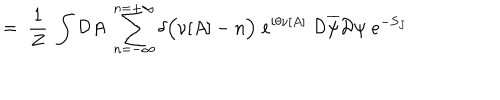
LaTeX: = \; \frac { 1 } { Z } \; \int { \cal D } A \; \sum _ { n = - \infty } ^ { n = + \infty } \delta \Big ( \nu [ A ] - n \Big ) \; e ^ { i \theta \nu [ A ] } \; { \cal D } \overline { { { \psi } } } { \cal D } \psi \; e ^ { - S _ { J } }